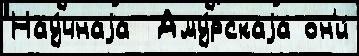
Нау́чнаjа  Аму́рскаjа он'и́